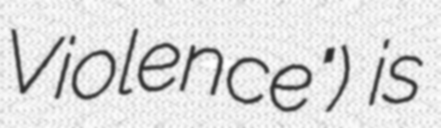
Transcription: Violence") is